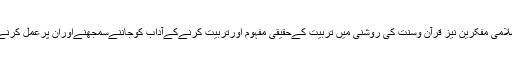
آئیے لغت واصطلاح ،اسلامی مفکرین نیز قرآن وسنّت کی روشنی میں تربیّت کےحقیقی مفہوم اورتربیّت کرنےکےآداب کوجاننےسمجھنےاوران پرعمل کرنے کی کوشش کرتے ہیں۔